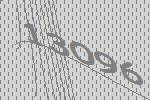
13096